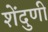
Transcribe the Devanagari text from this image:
शेंदुणी